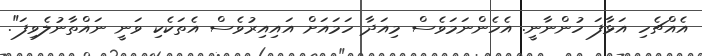
އެއްޗެހި އަޅާފަ ހުންނާނީ. އެހެންނަމަވެސް މިއަދާ ހަމައަށް އައިއިރުވެސް އެތަކެކި ވަނީ ނައްތާނުލެވިފަ".